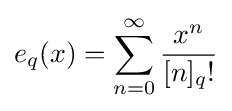
e_{q}(x)=\sum _{n=0}^{\infty }{\frac {x^{n}}{[n]_{q}!}}